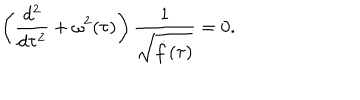
\left( \frac { d ^ { 2 } } { d \tau ^ { 2 } } + \omega ^ { 2 } ( \tau ) \right) \frac { 1 } { \sqrt { \dot { f } ( \tau ) } } = 0 .